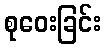
စုဝေးခြင်း